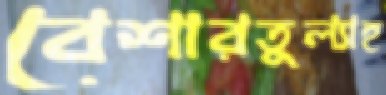
বেশারতুল্যাহ